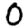
Digit: 0